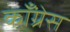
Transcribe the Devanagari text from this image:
कॉँंग्रेस